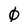
Character: 0